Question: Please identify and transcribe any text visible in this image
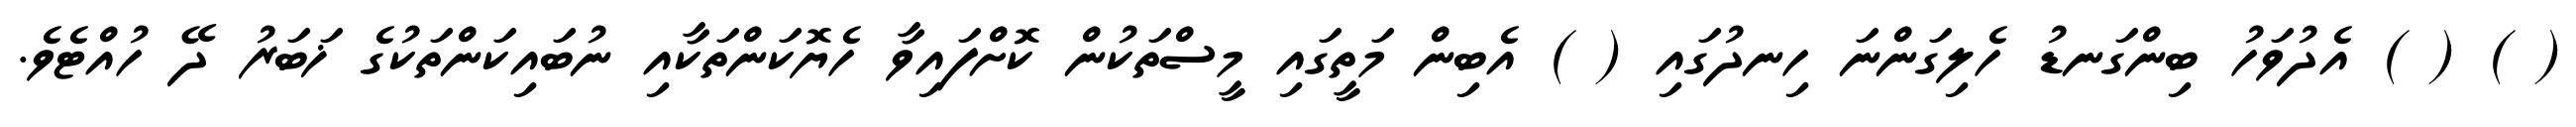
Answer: ( ) ( ) އެދުވަހު ބިންގަނޑު ހެލިގަންނަ ހިނދުގައި ( ) އެބިން މަތީގައި މީސްތަކުން ކޮށްފައިވާ ހެޔޮކަންތަކާއި ނުބައިކަންތަކުގެ ޚަބަރު ދޭ ހުއްޓެވެ.